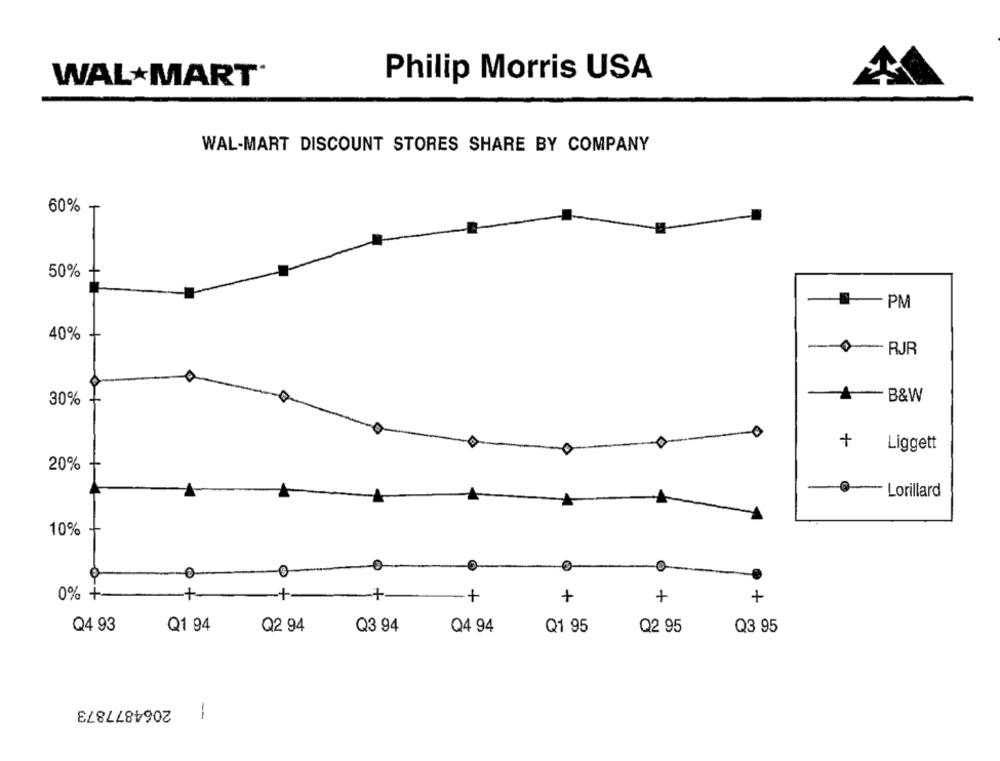
WAL MART®
Philip Morris USA
WAL-MART DISCOUNT STORES SHARE BY COMPANY
60%
50%
PM
40%
- RJR
30%
-B&W
+
Liggett
+
20%
- Lorillard
1
10%
+
0% +
+
+
+
+
Q4 93
Q1 94
Q2 94
Q3 94
Q4 94
Q1 95
Q2 95
Q3 95
2064877873
-